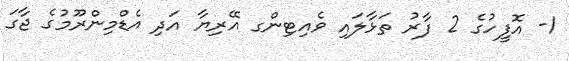
1- އޮފީހުގެ 2 ފާރު ތަޅާލައި ވެއިޓިންގ އޭރިޔާ އަދި އެޑްމިންރޫމުގެ ޖާގަ